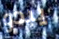
يبدو